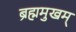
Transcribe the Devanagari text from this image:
ब्रह्ममुखम्